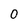
Character: O